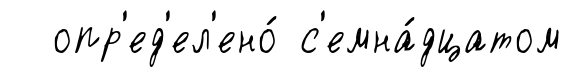
опр'ед'ел'ено́ с'емна́дцатом